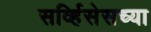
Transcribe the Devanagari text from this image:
सर्व्हिसेसच्या